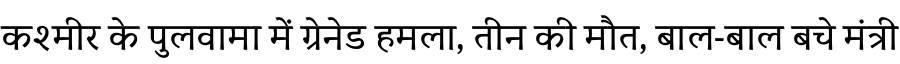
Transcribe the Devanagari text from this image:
कश्मीर के पुलवामा में ग्रेनेड हमला, तीन की मौत, बाल-बाल बचे मंत्री